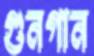
গুনগান